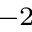
^ { - 2 }